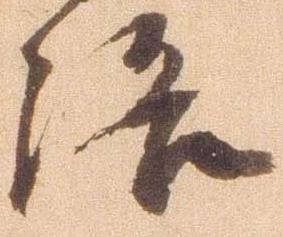
洛